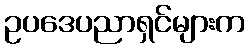
ဥပဒေပညာရှင်များက